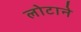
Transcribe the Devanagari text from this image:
लोटाने